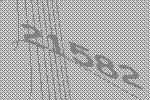
21582